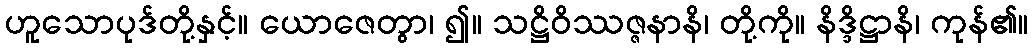
ဟူသောပုဒ်တို့နှင့်။ ယောဇေတွာ၊ ၍။ သဋ္ဌိဝိဿဇ္ဇနာနိ၊ တို့ကို။ နိဒ္ဒိဋ္ဌာနိ၊ ကုန်၏။